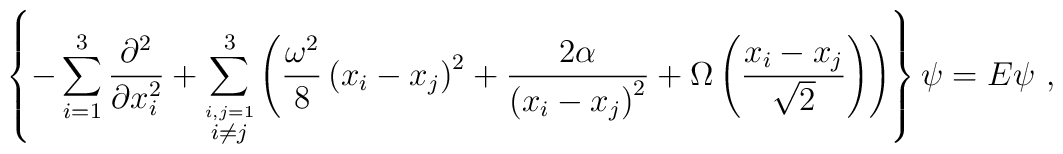
\left\{ -\sum_{i=1}^3  \frac{\partial^2}{\partial x_i^2} + \sum_{\stackrel{i,j=1}{i\neq j}}^3 \left({{\omega^2}\over {8}} \left( x_i-x_j \right)^2 + {2 \alpha\over {\left( x_i-x_j \right)^{2} }}+\Omega\left(\frac{x_i-x_j}{\sqrt{2}}\right) \right)\right\}\psi=E\psi~,